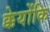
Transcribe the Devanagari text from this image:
क्केयोंकि